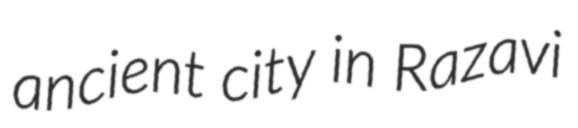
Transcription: ancient city in Razavi